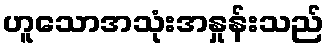
ဟူသောအသုံးအနှုန်းသည်